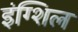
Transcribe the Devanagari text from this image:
इंग्शिल